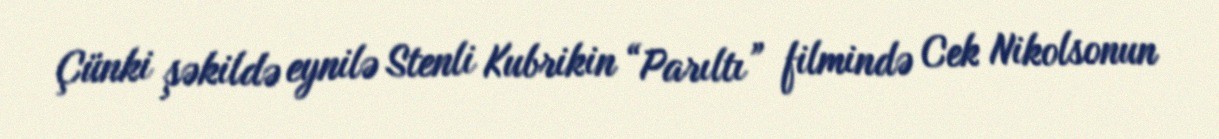
Çünki şəkildə eynilə Stenli Kubrikin “Parıltı” filmində Cek Nikolsonun